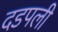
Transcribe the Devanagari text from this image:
दडपली